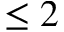
\leq 2